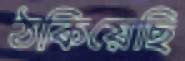
ঠকিয়েছি